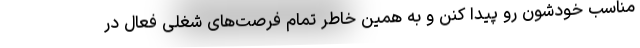
مناسب خودشون رو پیدا کنن و به همین خاطر تمام فرصت‌های شغلی فعال در